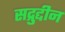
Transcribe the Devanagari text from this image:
सद्रुद्दीन